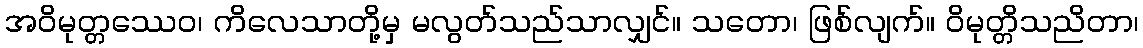
အဝိမုတ္တဿေဝ၊ ကိလေသာတို့မှ မလွတ်သည်သာလျှင်။ သတော၊ ဖြစ်လျက်။ ဝိမုတ္တိသညိတာ၊